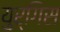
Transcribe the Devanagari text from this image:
युर्गिस